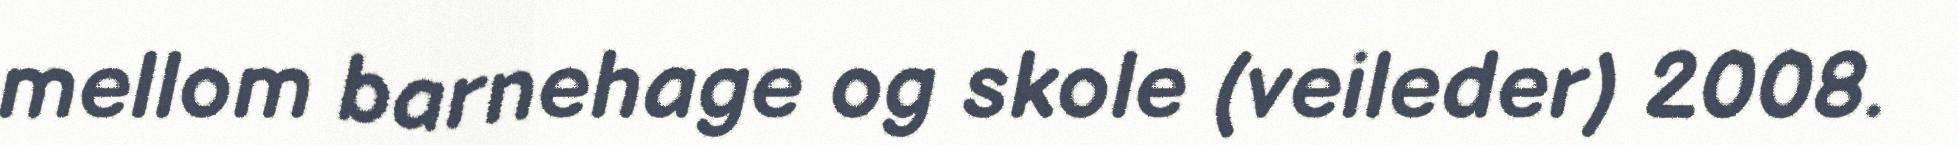
mellom barnehage og skole (veileder) 2008.